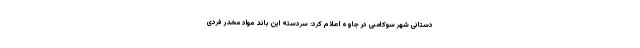
دستانی شهر سوکامبی در جاوه اعلام کرد: سردسته این باند مواد مخدر فردی